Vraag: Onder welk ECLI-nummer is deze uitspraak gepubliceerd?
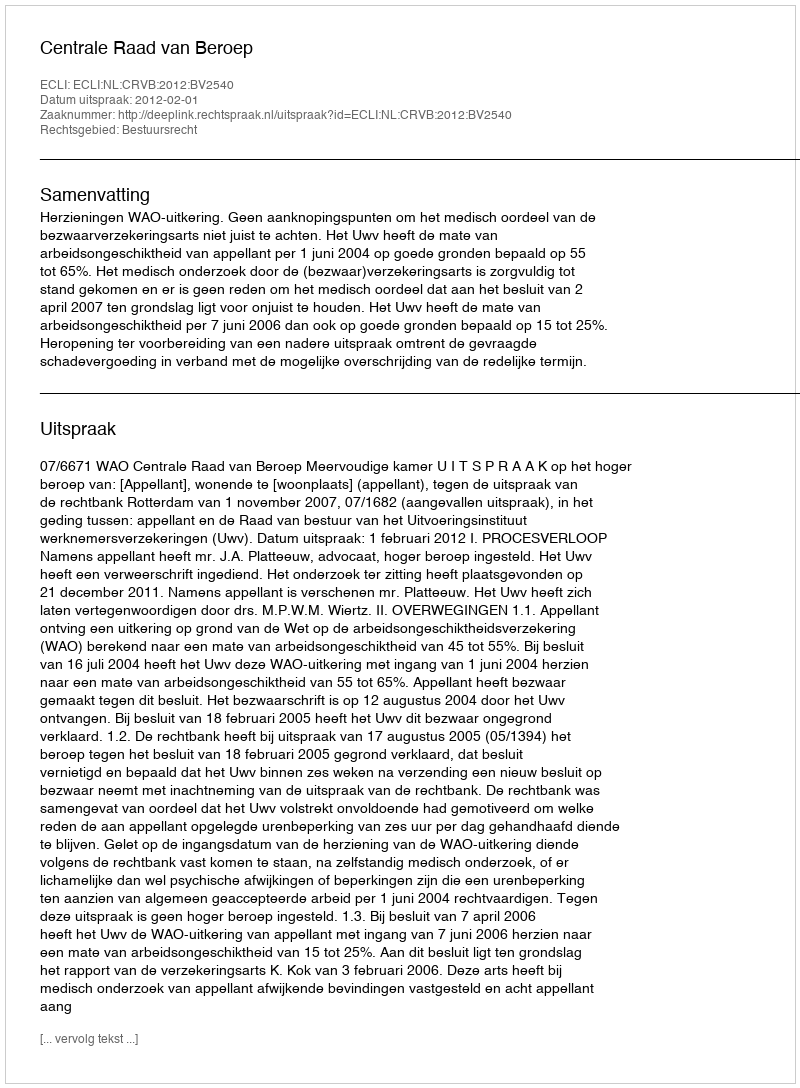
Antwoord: ECLI:NL:CRVB:2012:BV2540